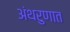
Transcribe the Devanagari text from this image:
अंथरुणात